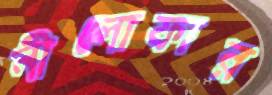
নীলোফার